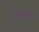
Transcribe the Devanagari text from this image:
४९॰७५